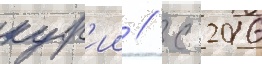
кур'ии // С 2016